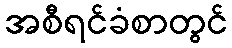
အစီရင်ခံစာတွင်